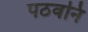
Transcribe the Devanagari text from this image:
पठवनि